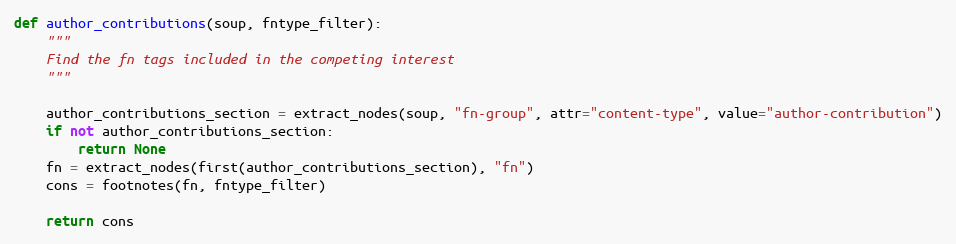
Language: Python
def author_contributions(soup, fntype_filter):
    """
    Find the fn tags included in the competing interest
    """

    author_contributions_section = extract_nodes(soup, "fn-group", attr="content-type", value="author-contribution")
    if not author_contributions_section:
        return None
    fn = extract_nodes(first(author_contributions_section), "fn")
    cons = footnotes(fn, fntype_filter)

    return cons